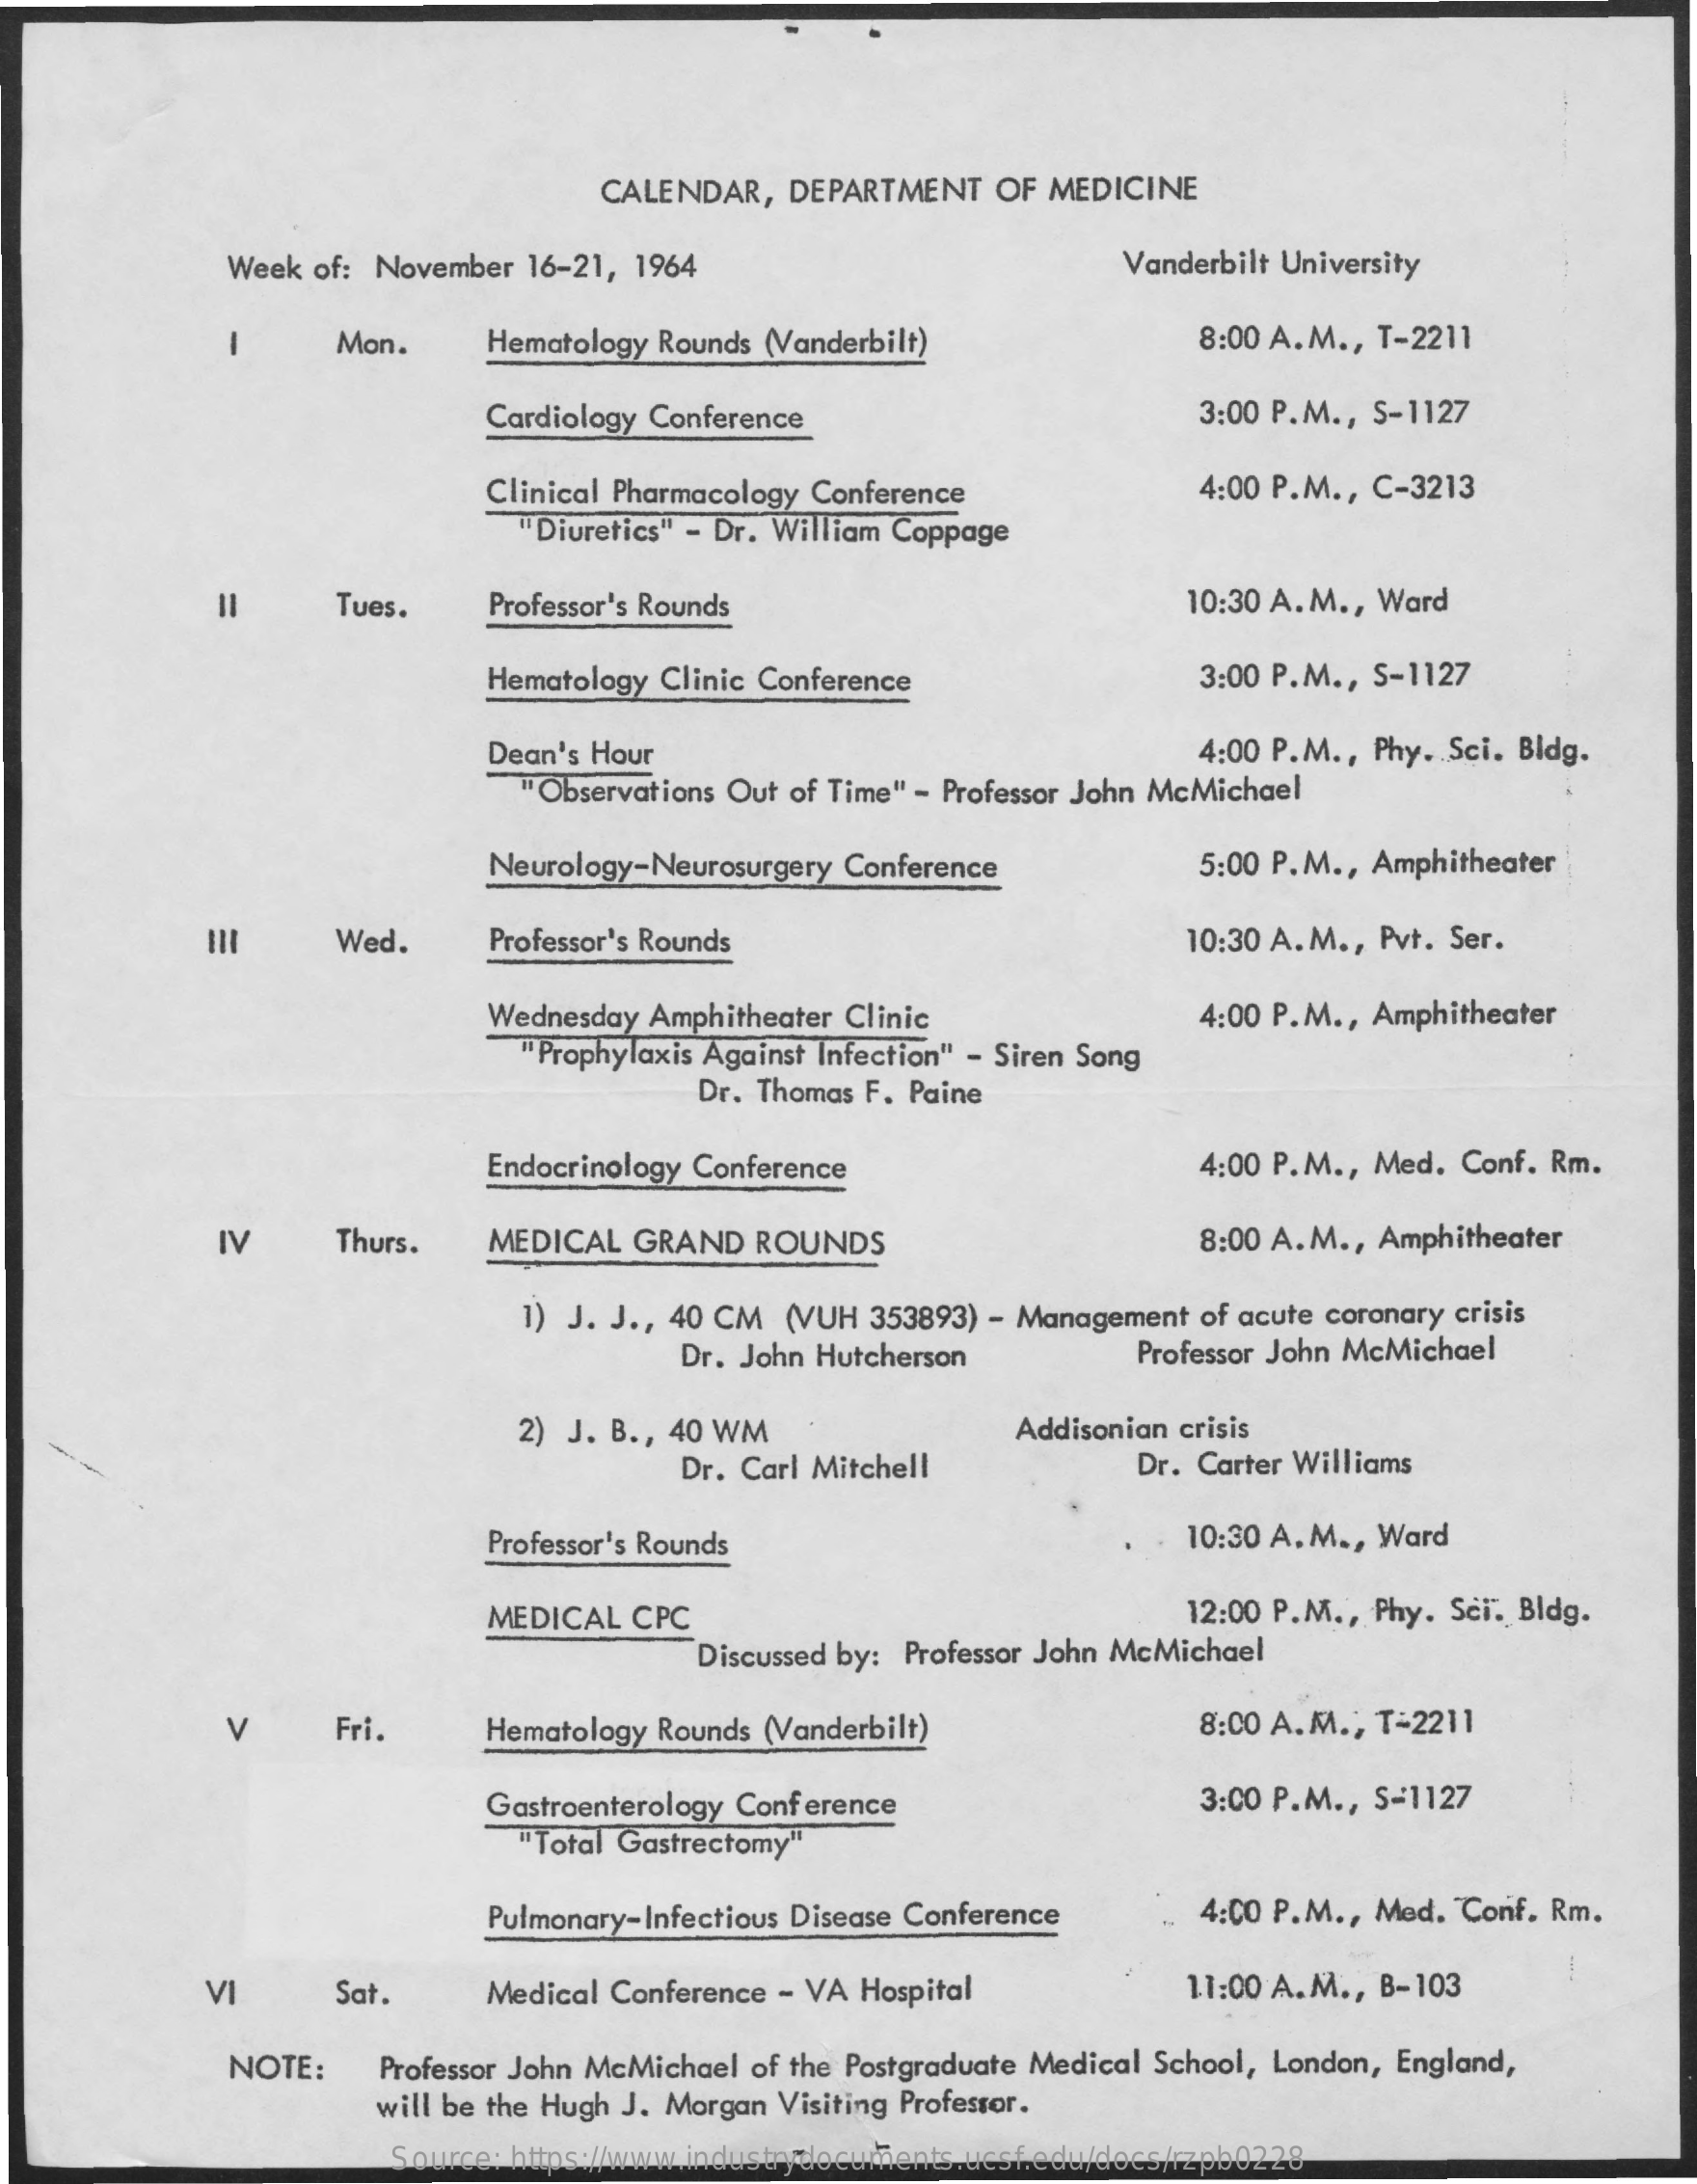
CALENDAR,  DEPARTMENT OF MEDICINE
     Week of: November 16-21, 1964    Vanderbilt University
     Mon.    Hematology Rounds (Vanderbilt)    8:00 A.M ., T-2211
     Cardiology Conference    3:00 P.M ., S-1127
     Clinical Pharmacology Conference    4:00 P.M ., C-3213
     "Diuretics" - Dr. William Coppage
     Tues.    Professor's Rounds    10:30 A. M ., Ward =
     Hematology Clinic Conference    3:00 P.M ., S-1127
     Dean's Hour
     "Observations Out of Time" - Professor John McMichael
     4:00 P.M ., Phy. Sci. Bldg.
     Neurology-Neurosurgery Conference    5:00 P.M ., Amphitheater
     Wed.    Professor's Rounds    10:30 A. M ., Pvt. Ser.
     Wednesday Amphitheater Clinic
     "Prophylaxis Against Infection" - Siren Song
     4:00 P.M ., Amphitheater
     Dr. Thomas F. Paine
     Endocrinology Conference    4:00 P.M ., Med. Conf. Rm.
     IV    Thurs.   MEDICAL GRAND  ROUNDS    8:00 A. M ., Amphitheater
     1) J. J ., 40 CM (VUH 353893) - Management of acute coronary crisis
     Dr. John Hutcherson    Professor John McMichael
     2) J. B ., 40 WM    Addisonian crisis
     Dr. Carl Mitchell    Dr. Carter Williams
     Professor's Rounds    10:30 A. M ., Ward
     MEDICAL CPC    12:00 P.M ., Phy. Sci. Bldg.
     Discussed by: Professor John McMichael
     V    Fri.    Hematology Rounds (Vanderbilt)    8:00 A.M .; T-2211
     Gastroenterology Conference    3:00 P.M ., S-1127
     "Total Gastrectomy"
     Pulmonary-Infectious Disease Conference 4:00 P.M ., Med. Conf. Rm.
     VI    Sat.    Medical Conference - VA Hospital    11:00 A.M ., B-103
     NOTE:    Professor John McMichael of the Postgraduate Medical School, London, England,
     will be the Hugh J. Morgan Visiting Professor.
     Source: https://www.industrydocuments.ucsf.edu/docs/rzpb0228